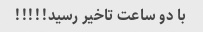
با دو ساعت تاخیر رسید!!!!!